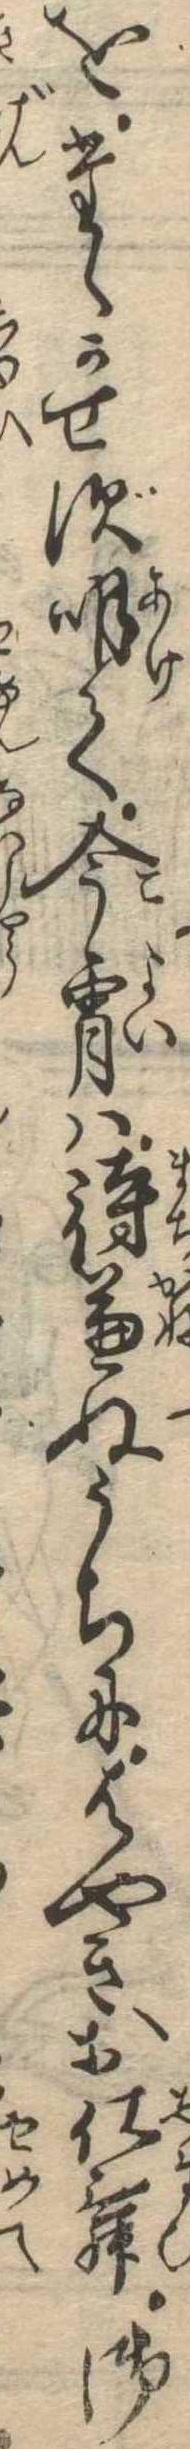
をたゝかせず明て今宵は待兼ぬうちにはやきお仕舞御